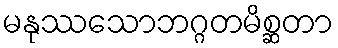
မနုဿသောဘဂ္ဂတမိစ္ဆတာ